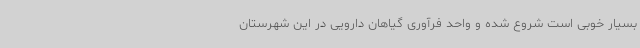
بسیار خوبی است شروع شده و واحد فرآوری گیاهان دارویی در این شهرستان